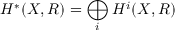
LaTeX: H ^ { * } ( X , R ) = \bigoplus _ { i } H ^ { i } ( X , R )